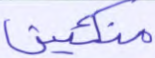
متكئين